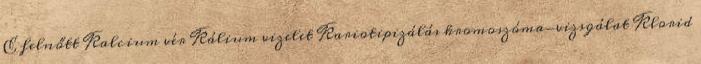
E felnőtt Kalcium vér Kálium vizelet Kariotipizálás kromoszóma-vizsgálat Klorid